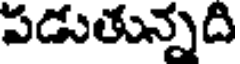
పడుతున్నది